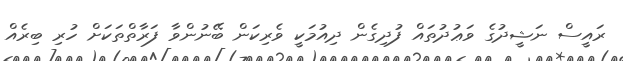
ރައީސް ނަޝީދުގެ ވަޢުދުތައް ފުދިގެން ދިއުމަކީ ވެރިކަން ބޭނުންވާ ފަރާތްތަކަށް ހުރި ބިރެއް